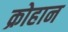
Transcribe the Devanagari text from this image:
क्रोहान